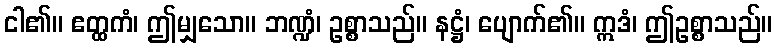
ငါ၏။ ဧတ္ထကံ၊ ဤမျှသော။ ဘဏ္ဍံ၊ ဥစ္စာသည်။ နဋ္ဌံ၊ ပျောက်၏။ ဣဒံ၊ ဤဥစ္စာသည်။